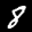
Label: 8